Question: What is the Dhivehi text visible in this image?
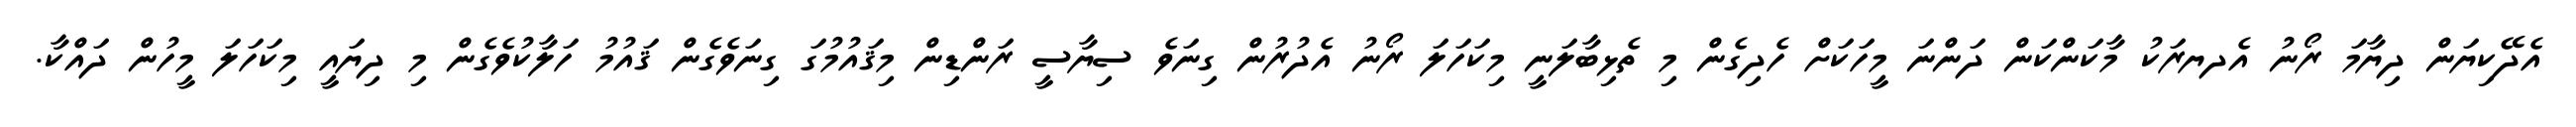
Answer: އެދޭކިޔަން ދިޔާމަ ރޯނު އެދޔރަކު މާކަންކަން ދަންނަ މީހަކަށް ހެދިގެން މި ތެޅިބާލަނީ މިކަހަލަ ރޯނު އެދުރުން ގިނަވެ ސިޔާސީ ރަންޑިން މިޤައުމުގަ ގިނަވެގެން ޤައުމު ހަލާކުވެގެން މި ދިޔައީ މިކަހަލަ މީހުން ދައްކާ.